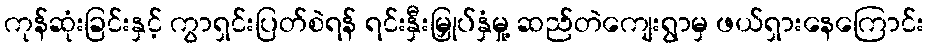
ကုန်ဆုံးခြင်းနှင့် ကွာရှင်းပြတ်စဲရန် ရင်းနှီးမြှုပ်နှံမှု့ ဆည်တဲကျေးရွာမှ ဖယ်ရှားနေကြောင်း